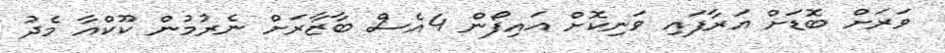
ވަރަށް ބޮޑަށް އަރާފައި ވަނިކޮށް އައިފޯން 4އެސް ބާޒާރަށް ނެރުމުން ކޫކްއާ މެދު